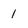
Character: 1